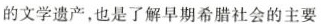
的文学遗产，也是了解早期希腊社会的主要